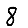
Digit: 8